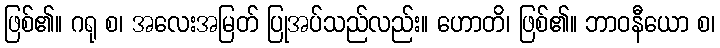
ဖြစ်၏။ ဂရု စ၊ အလေးအမြတ် ပြုအပ်သည်လည်း။ ဟောတိ၊ ဖြစ်၏။ ဘာဝနီယော စ၊